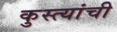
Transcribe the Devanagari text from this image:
कुस्त्यांची